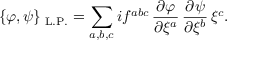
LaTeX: \{ \varphi , \psi \} _ { \mathrm { \tiny \mathrm { ~ L . P . } } } = \sum _ { a , b , c } i f ^ { a b c } \, \frac { \partial \varphi } { \partial \xi ^ { a } } \, \frac { \partial \psi } { \partial \xi ^ { b } } \, \xi ^ { c } .